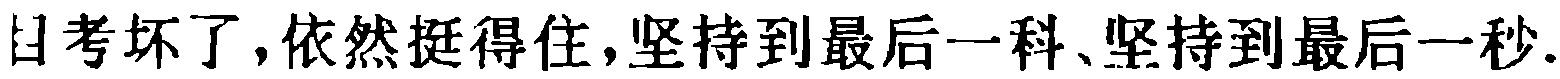
日考坏了,依然挺得住,坚持到最后一科、坚持到最后一秒.